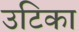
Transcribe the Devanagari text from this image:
उटिका